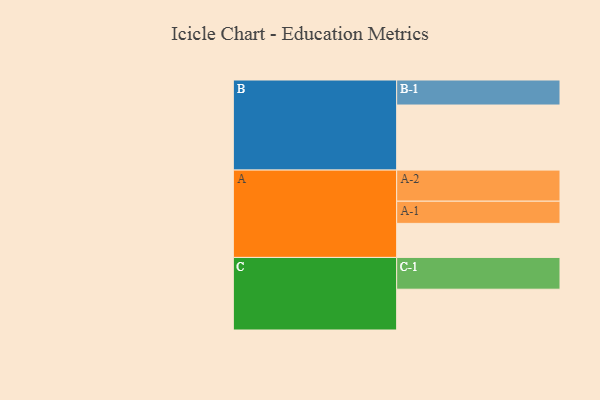
{"axis": {"x": "Segment", "y": "Value"}, "legend": ["", "A", "B", "C"], "data": [{"x": "A", "y": 313, "type": ""}, {"x": "B", "y": 598, "type": ""}, {"x": "C", "y": 375, "type": ""}, {"x": "A-1", "y": 204, "type": "A"}, {"x": "A-2", "y": 286, "type": "A"}, {"x": "B-1", "y": 230, "type": "B"}, {"x": "C-1", "y": 292, "type": "C"}]}